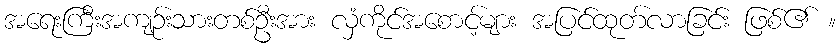
အရေးကြီးအကျဉ်းသားတစ်ဦးအား လှံကိုင်အစောင့်များ အပြင်ထုတ်လာခြင်း ဖြစ်၏ ။